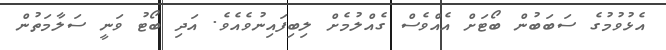
އެޅުވުމުގެ ސަބަބުން ބޯޓަށް އެއްވެސް ގެއްލުމެށް ލިބިފައިނުވެއެވެ. އަދި ބޯޓު ވަނީ ސަލާމަތުން